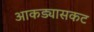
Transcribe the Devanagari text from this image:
आकड्यासकट